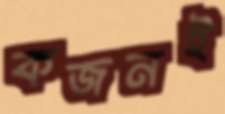
কজনই